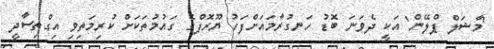
'މާޝަލް ޕްލޭން' އަކީ ދެވަނަ ބޮޑު ހަނގުރާމައަށްފަހު ޔޫރޮޕްގެ ގައުމުތަކަށް ކުރިމަތިވި އިގްތިސާދީ